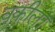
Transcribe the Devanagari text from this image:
वकीलॉ